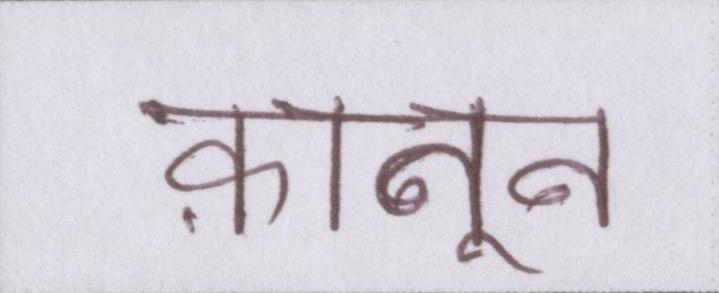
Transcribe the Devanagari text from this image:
क़ानून